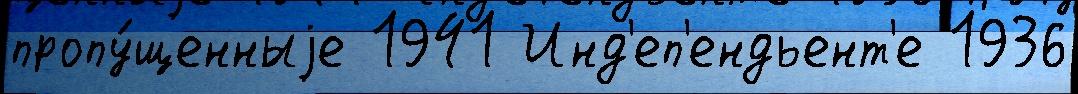
пропу́щенныjе 1941 Инд'еп'ендьент'е 1936